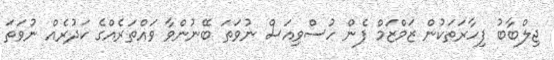
ޖިލްބާބު ފިހާރަތަކުން ޒަމްޒަމް ފެން ހުސްވިއަސް ނުވަތަ ބޭނުންވާ ވައްތަރެއްގެ ކަދުރެއް ނުވަތަ